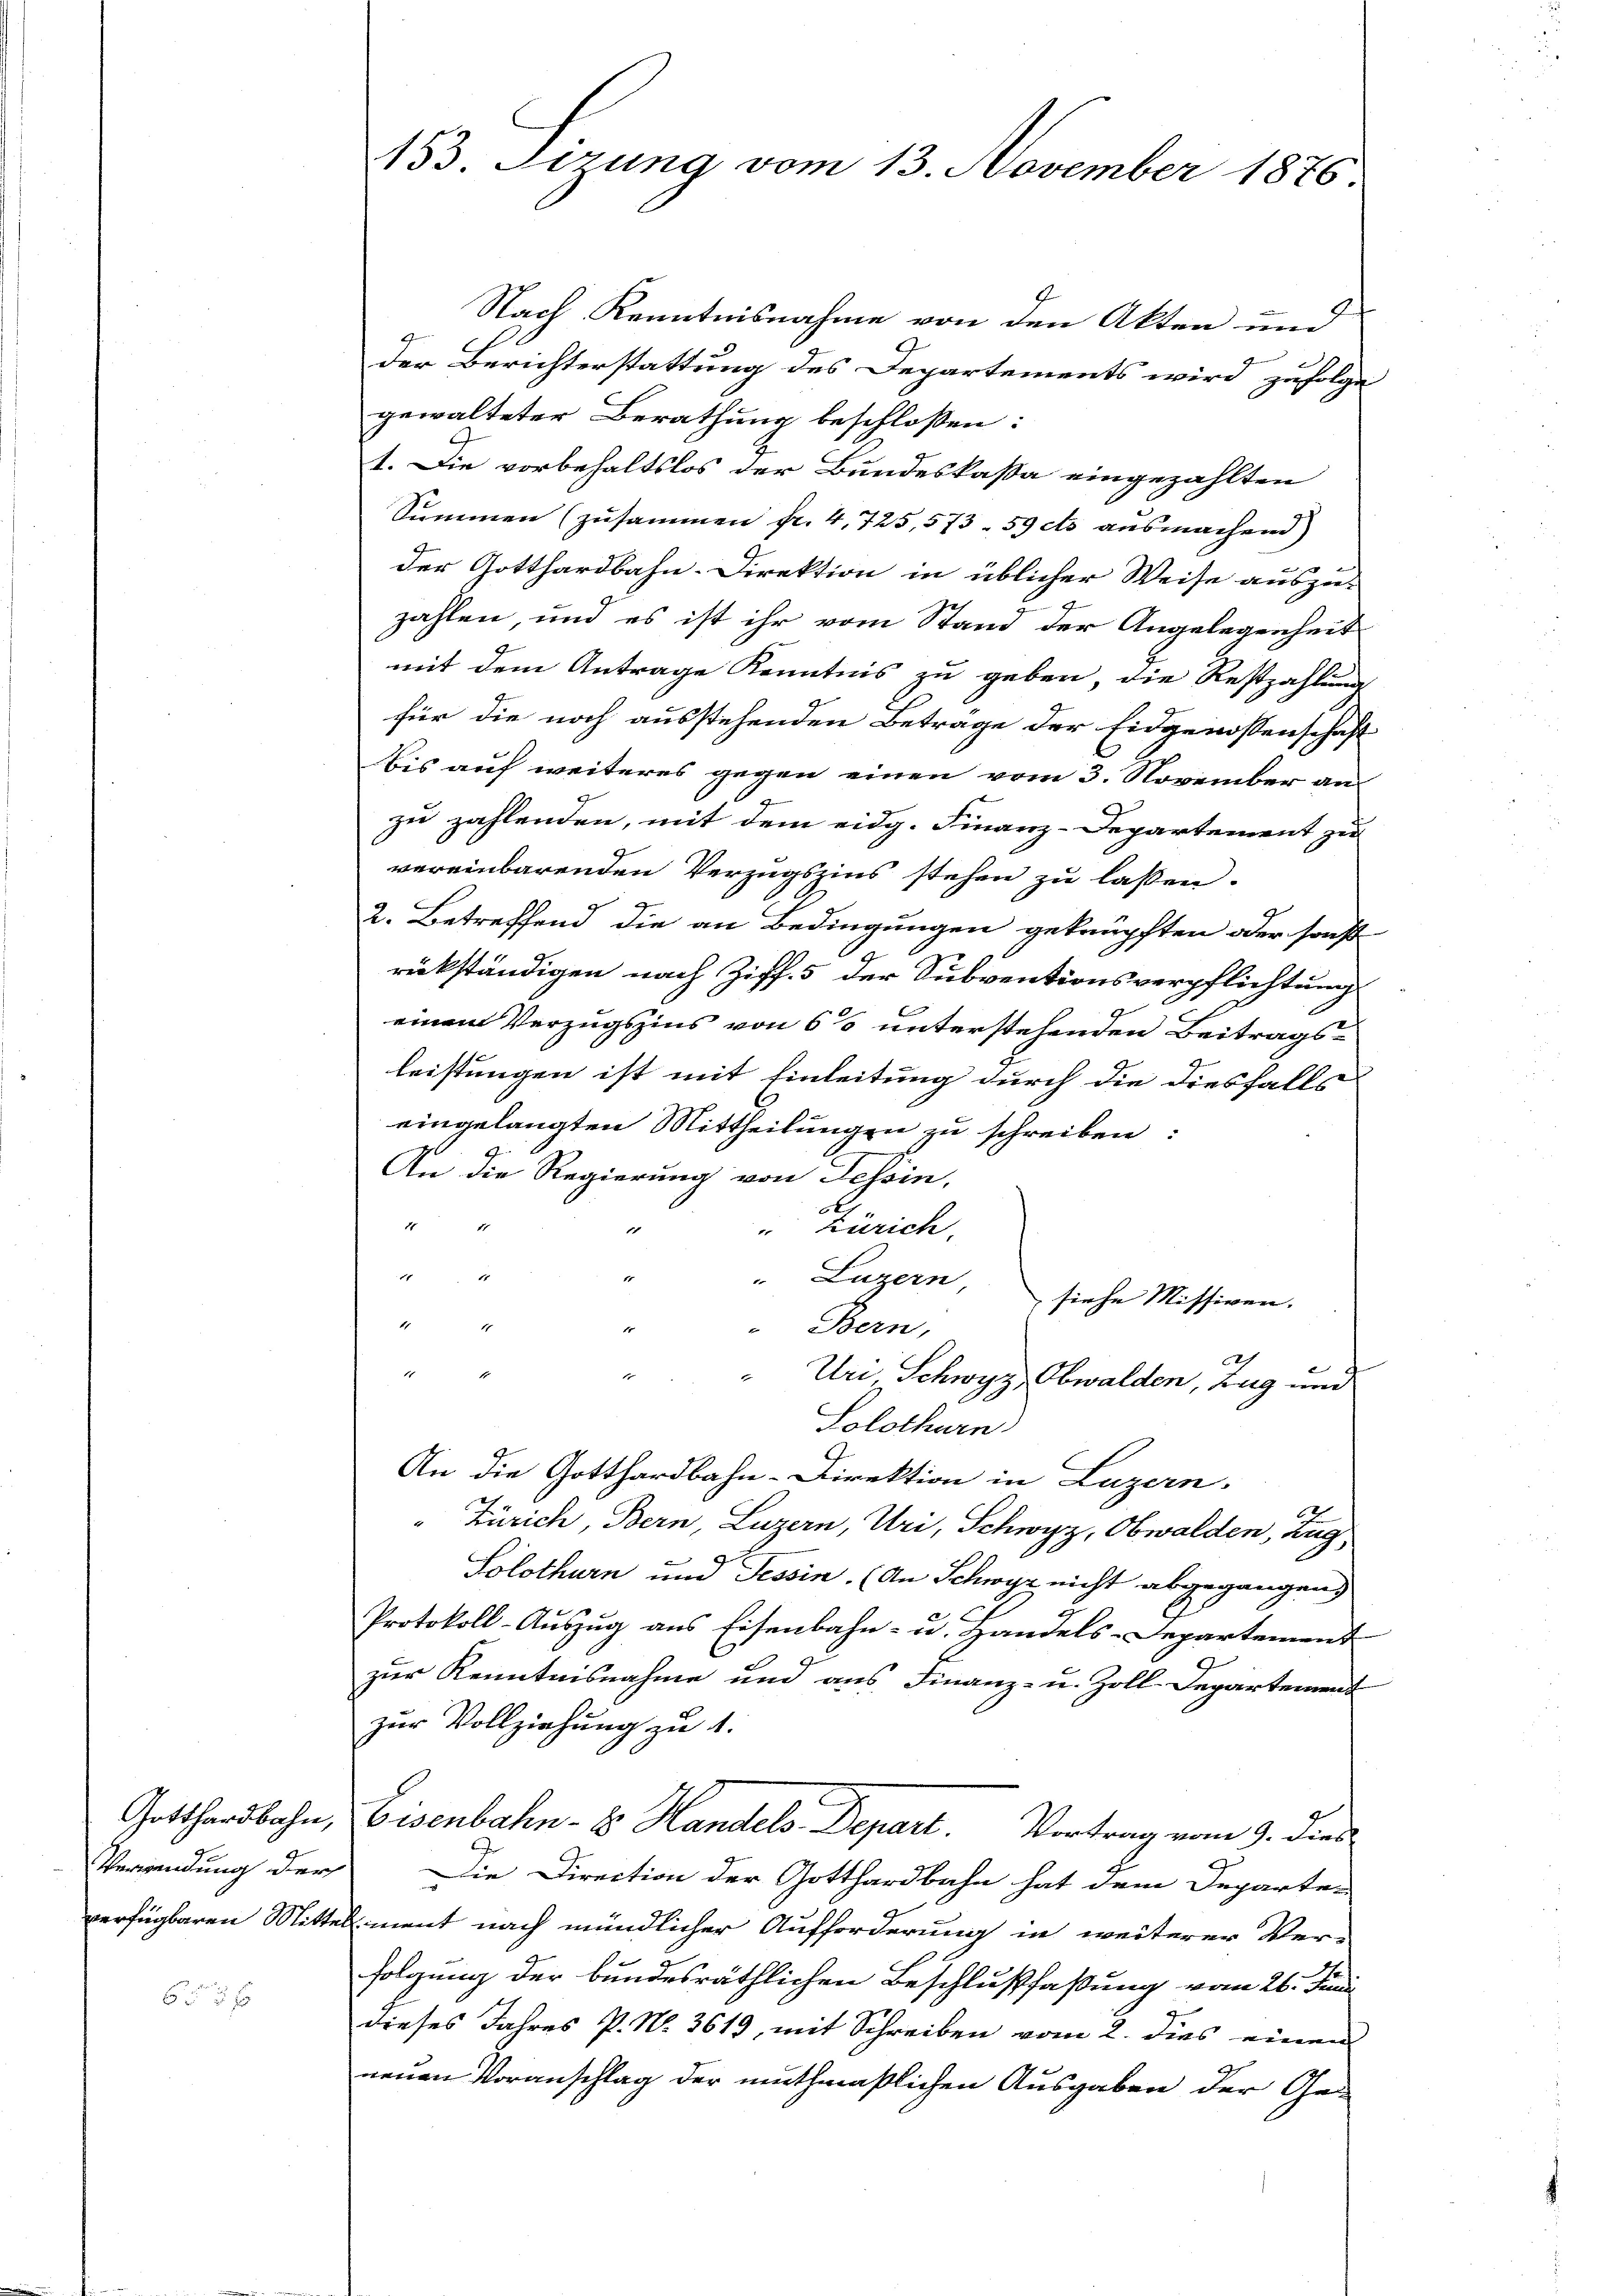
verfügbaren Mitt

153. Sizung vom 13. November 1876.

Nach Kenntnisnahme von den Akten und
Der Berichterstattung des Departements wird zufolge
gewalteter Berathung beschlossen:
1. Die vorbehaltslos der Bundeskassa eingezahlten
Summen (zusammen fr. 4, 725,573. 59 cts ausmachend)
der Gotthardbahn-Direktion in üblicher Weise auszu-
zahlen, und es ist ihr vom Stand der Angelegenheit
mit dem Antrage Kenntnis zu geben, die Restzahlung
für die noch ausstehenden Beträge der Eidgenossenschaft
bis auf weiteres gegen einen vom 3. November an
zu zahlenden, mit dem eidg. Finanz-Departement zu
vereinbarenden Verzugszins stehen zu laßen.
2. Betreffend die an Bedingungen geknüpften oder sonst
rückständigen nach Ziff. 5 der Subventionsverpflichtung
b
9
einen Verzugszins von 60 unterstehenden Beitragsleistungen ist mit Einleitung durch die diesfalls
eingelangten Mittheilungen zu schreiben:
An die Regierung von Tessin,
2
" Zürich.
h
d
" Luzern, siehe Missiven.
1
1
Bern,
Uri, Schwyz, Obwalden, Zug und
Solothurn
An die Gotthardbahn-Direktion in Luzern,
" Zürich, Bern, Luzern, Uri, Schwyz, Obwalden, Zug,
Solothurn und Tessin. (An Schwyz nicht abgegangen
x
s
Protokoll-Auszug aus Eisenbahn- u. Handels-Departement
zur Kenntnisnahme und aus Finanz- u. Zoll-Departement
zur Vollziehung zu 1.
Gotthardbahn, Eisenbahn- 8 Handels Depart. Vortrag vom 9. dies
Verwendung der Die Direction der Gotthardbahn hat dem Departen
alment nach mündlicher Aufforderung in weiterer Ver-
folgung der bundesräthlichen Beschlußfaßung vom 26. Juni
dieses Jahres P. N. 3619, mit Schreiben vom 2. dies einen
neuen Voranschlag der muthmaßlichen Ausgaben der Ges